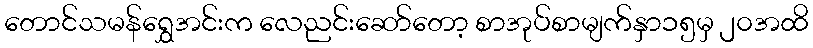
တောင်သမန်ရွှေအင်းက လေညင်းဆော်တော့ စာအုပ်စာမျက်နှာ၁၅မှ ၂၀အထိ